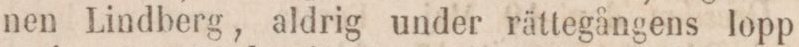
nen Lindberg, aldrig under rättegångens lopp